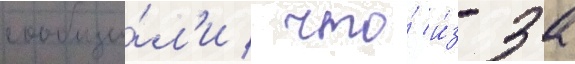
сообщи́л'и / что́ и́з-за